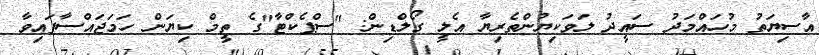
އާސިޔަތު މުހައްމަދު ސައީދު ލަވަކިޔުންތެރިޔާ އެލީ ގޯލްޑިން: "ސްޕެކްޓާ"ގެ ތީމް ކިޔަން ހަމަޖައްސާފައިވާ